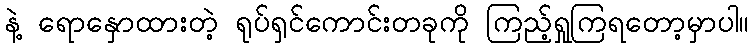
နဲ့ ရောနှောထားတဲ့ ရုပ်ရှင်ကောင်းတခုကို ကြည့်ရှုကြရတော့မှာပါ။